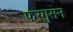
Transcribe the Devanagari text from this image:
फरगुसन